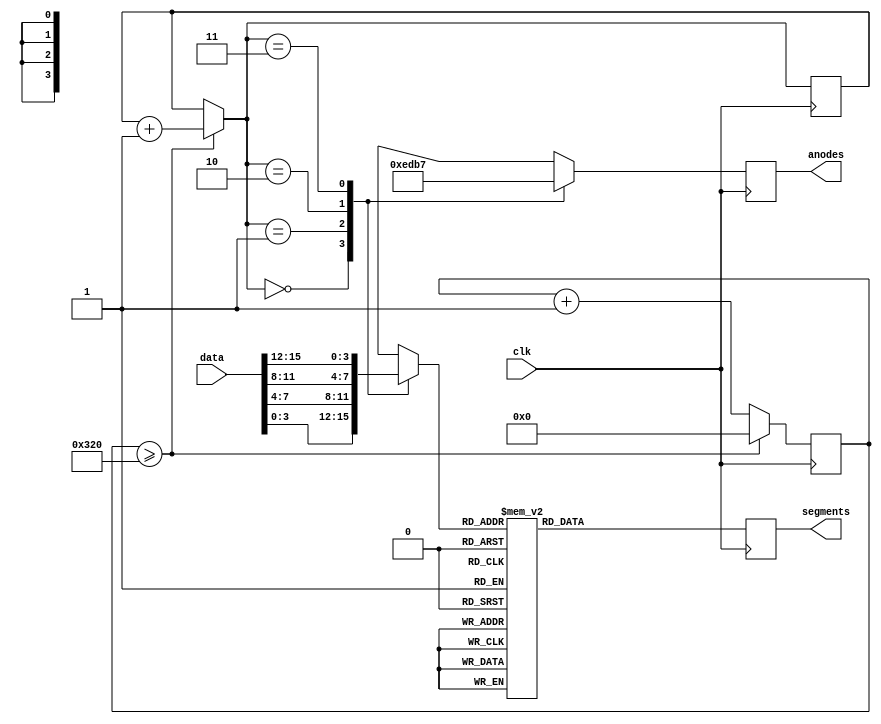
module Display
		#(parameter CLOCK_DIVISOR = 800,
		  parameter CLK_BITS = 16)
		(
			input wire clk,
			input wire [15:0] data,
			
			output reg [6:0] segments,
			output wire [3:0] anodes
		);
				
		reg [3:0] multiplexState = 4'b0111;
		assign anodes = multiplexState;
		
		wire [3:0] display[0:3];
				
		assign display[3] = data[15:12];
		assign display[2] = data[11:8];
		assign display[1] = data[7:4];
		assign display[0] = data[3:0];
		
		reg [1:0] counter = 0;
		reg [CLK_BITS-1:0] clockDivisor = 0;
		
		always @(posedge clk)
		begin
			if(clockDivisor >= CLOCK_DIVISOR)
			begin
				counter = counter + 1;
				clockDivisor = 0;
			end
			else
				clockDivisor = clockDivisor + 1;
		
			case(counter)
				0: multiplexState <= 'b1110;
				1: multiplexState <= 'b1101;
				2: multiplexState <= 'b1011;
				3: multiplexState <= 'b0111;
			endcase
		
			case(display[counter])
				0: segments <= ~'b0111111;
				1: segments <= ~'b0000110;
				2: segments <= ~'b1011011;
				3: segments <= ~'b1001111;
				4: segments <= ~'b1100110;
				5: segments <= ~'b1101101;
				6: segments <= ~'b1111101;
				7: segments <= ~'b0000111;
				8: segments <= ~'b1111111;
				9: segments <= ~'b1101111;
				10: segments <= ~'b1110111;
				11: segments <= ~'b1111100;
				12: segments <= ~'b0111001;
				13: segments <= ~'b1011110;
				14: segments <= ~'b1111001;
				15: segments <= ~'b1110001;
			endcase
		end
endmodule